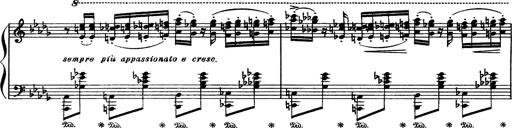
Title: Paraphrase de concert sur Rigoletto
Composer: Franz Liszt